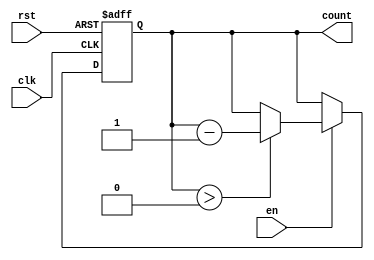
module memory_blocks_down_counter #(
    parameter N = 8 // Define the bit-width for the counter (e.g., 8 bits for max count of 255)
)(
    input wire clk,     // Clock signal
    input wire rst,     // Reset signal (asynchronous)
    input wire en,      // Enable signal for counting down
    output reg [N-1:0] count // Current count value output
);

// Initialization: set the count to maximum value (N) upon reset
always @(posedge clk or posedge rst) begin
    if (rst) begin
        count <= N; // Set counter to initial value (N)
    end else if (en) begin
        if (count > 0) begin
            count <= count - 1; // Decrement the count
        end
        // Optionally, handle wrapping (uncomment below if desired):
        // else begin
        //     count <= N; // Wrap around to N
        // end
    end
end

endmodule